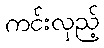
ကင်းလှည့်